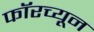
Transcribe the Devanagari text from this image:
फॉरच्यून